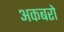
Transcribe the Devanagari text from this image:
अकबरो